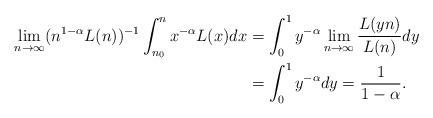
LaTeX: \begin{align*} \lim_{n\rightarrow\infty} (n^{1-\alpha} L(n))^{-1} \int_{n_0}^n x^{-\alpha}L(x) dx &= \int_{0}^1 y^{-\alpha}\lim_{n\rightarrow\infty} \frac{L(yn)}{L(n)} dy \\ &= \int_{0}^1 y^{-\alpha}dy = \frac{1}{1-\alpha}.\end{align*}